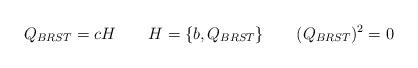
LaTeX: \begin{align*}Q_{BRST} = c H \qquad H= \{ b, Q_{BRST} \} \qquad (Q_{BRST})^2=0\end{align*}